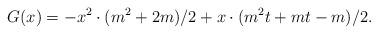
LaTeX: \begin{align*}\displaystyle G(x)=-x^2\cdot (m^2+2m)/{2}+x\cdot (m^2t+mt-m)/{2}.\end{align*}